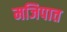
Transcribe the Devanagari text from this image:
मजिपात